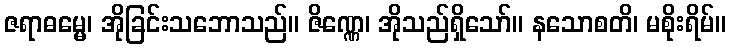
ဇရာဓမ္မေ၊ အိုခြင်းသဘောသည်။ ဇိဏ္ဏေ၊ အိုသည်ရှိသော်။ နသောစတိ၊ မစိုးရိမ်။